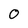
Character: 0